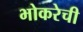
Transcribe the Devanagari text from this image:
भोकरेची